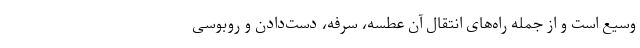
وسیع است و از جمله راه‌های انتقال آن عطسه، سرفه، دست‌دادن و روبوسی